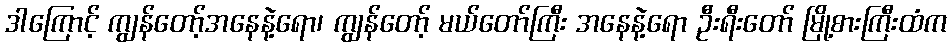
ဒါကြောင့် ကျွန်တော့်အနေနဲ့ရော၊ ကျွန်တော့် မယ်တော်ကြီး အနေနဲ့ရော ဦးရီးတော် မြို့စားကြီးထံက